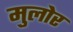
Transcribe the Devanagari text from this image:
मुलोर